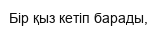
Бір қыз кетіп барады,